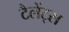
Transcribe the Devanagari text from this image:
टैलेंट्स